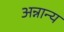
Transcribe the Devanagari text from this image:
अन्नान्य